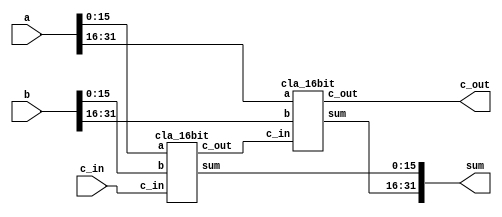
`timescale 1ns / 1ns

//////////////////////////////////////////////////////////////////////////////////
// School: Korea Univ
// Cource : ASIC design
// 
/////////////////////////////////////////////////////////////////////////////////

module cla_32bit (
    input wire [31:0] a, b, // 32-bit inputs
    input wire c_in,        // carry in
    output wire [31:0] sum, // sum result
    output wire c_out       // carry out
    );
    
    wire carry; // carry signal between cla_16 units
    
    cla_16bit cla16_unit0 (
        .a(a[15:0]), .b(b[15:0]), // 4-bit inputs
        .c_in(c_in),
        .sum(sum[15:0]),
        .c_out(carry)
    );
    
    cla_16bit cla16_unit1 (
        .a(a[31:16]), .b(b[31:16]), // 4-bit inputs
        .c_in(carry),
        .sum(sum[31:16]),
        .c_out(c_out)
    );
    
endmodule

module cla_4bit (
    input wire [3:0] i_a, i_b, // 4-bit inputs
    input wire c_in,
    output wire [3:0] o_sum,
    output wire c_out
);

    wire [3:0] g, p; // generate and propogate terms
    wire [2:0] c; // carry
    
    assign g = i_a & i_b;
    assign p = i_a ^ i_b;
    
    // CLA carry terms
    assign c[0] = g[0] | (p[0] & c_in); 
    assign c[1] = g[1] | (p[1] & g[0]) | (p[1] & p[0] & c_in);
    assign c[2] = g[2] | (p[2] & g[1]) | (p[2] & p[1] & g[0]) | (p[2] & p[1] & p[0] & c_in);
    assign c_out = g[3] | (p[3] & g[2]) | (p[3] & p[2] & g[1]) | (p[3] & p[2] & p[1] & g[0]) | (p[3] & p[2] & p[1] & p[0] & c_in);

    // CLA sum
    assign o_sum = p ^ {c,c_in}; // sum = p XOR carry including carry in

endmodule

module cla_16bit(
    input wire [15:0] a, b, // 16-bit inputs
    input wire c_in,
    output wire [15:0] sum,
    output wire c_out
    );
    
    wire carry; // carry signals between cla_8bit units
    
    cla_8bit cla8_unit0 (
        .a(a[7:0]), .b(b[7:0]), // 8-bit inputs
        .c_in(c_in),
        .sum(sum[7:0]),
        .c_out(carry)
    );
    
    cla_8bit cla8_unit1 (
        .a(a[15:8]), .b(b[15:8]), // 8-bit inputs
        .c_in(carry),
        .sum(sum[15:8]),
        .c_out(c_out)
    );
    
endmodule

module cla_8bit (
    input wire [7:0] a, b, // 8-bit inputs
    input wire c_in,
    output wire [7:0] sum,
    output wire c_out
);
    
     wire carry; // carry signals between cla_4bit units
    
    cla_4bit cla4_unit0 (
        .i_a(a[3:0]), .i_b(b[3:0]), // 4-bit inputs
        .c_in(c_in),
        .o_sum(sum[3:0]),
        .c_out(carry)
    );
    
    cla_4bit cla4_unit1 (
        .i_a(a[7:4]), .i_b(b[7:4]), // 4-bit inputs
        .c_in(carry),
        .o_sum(sum[7:4]),
        .c_out(c_out)
    );
    
endmodule